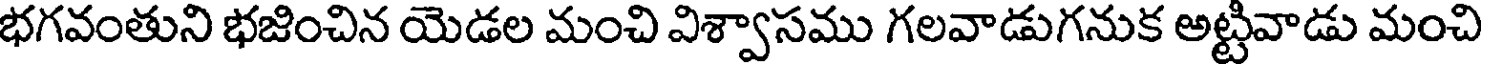
భగవంతుని భజించిన యెడల మంచి విశ్వాసము గలవాడుగనుక అట్టివాడు మంచి